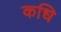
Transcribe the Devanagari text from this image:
कधि